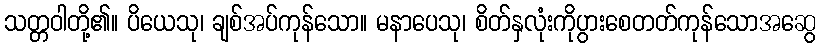
သတ္တဝါတို့၏။ ပိယေသု၊ ချစ်အပ်ကုန်သော။ မနာပေသု၊ စိတ်နှလုံးကိုပွားစေတတ်ကုန်သောအဆွေ